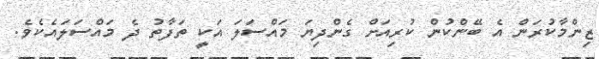
ޒިންމާކުރަން އެ ބޭންކުން ކުރިއަށް ގެންދިޔަ މައްސަލަ އަކީ ތަފާތު ދެ މައްސަލައެކެވެ.